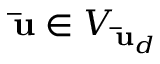
\mathbf { \bar { u } } \in V _ { \mathbf { \bar { u } } _ { d } }